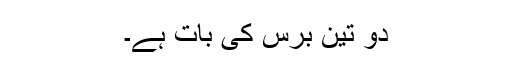
دو تین برس کی بات ہے۔